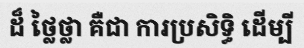
ដ៏ ថ្លៃថ្លា គឺជា ការប្រសិទ្ធិ ដើម្បី